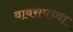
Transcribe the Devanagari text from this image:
वावरायच्या